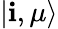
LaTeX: \left|\mathbf{i},\mu\right>